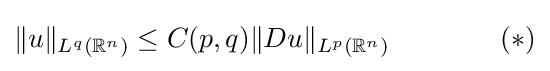
\|u\|_{L^{q}(\mathbb {R} ^{n})}\leq C(p,q)\|Du\|_{L^{p}(\mathbb {R} ^{n})}\qquad \qquad (*)